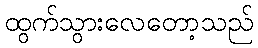
ထွက်သွားလေတော့သည်